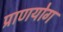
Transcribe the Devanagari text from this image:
प्राणयोग